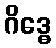
ဂိဒ္ဓေ